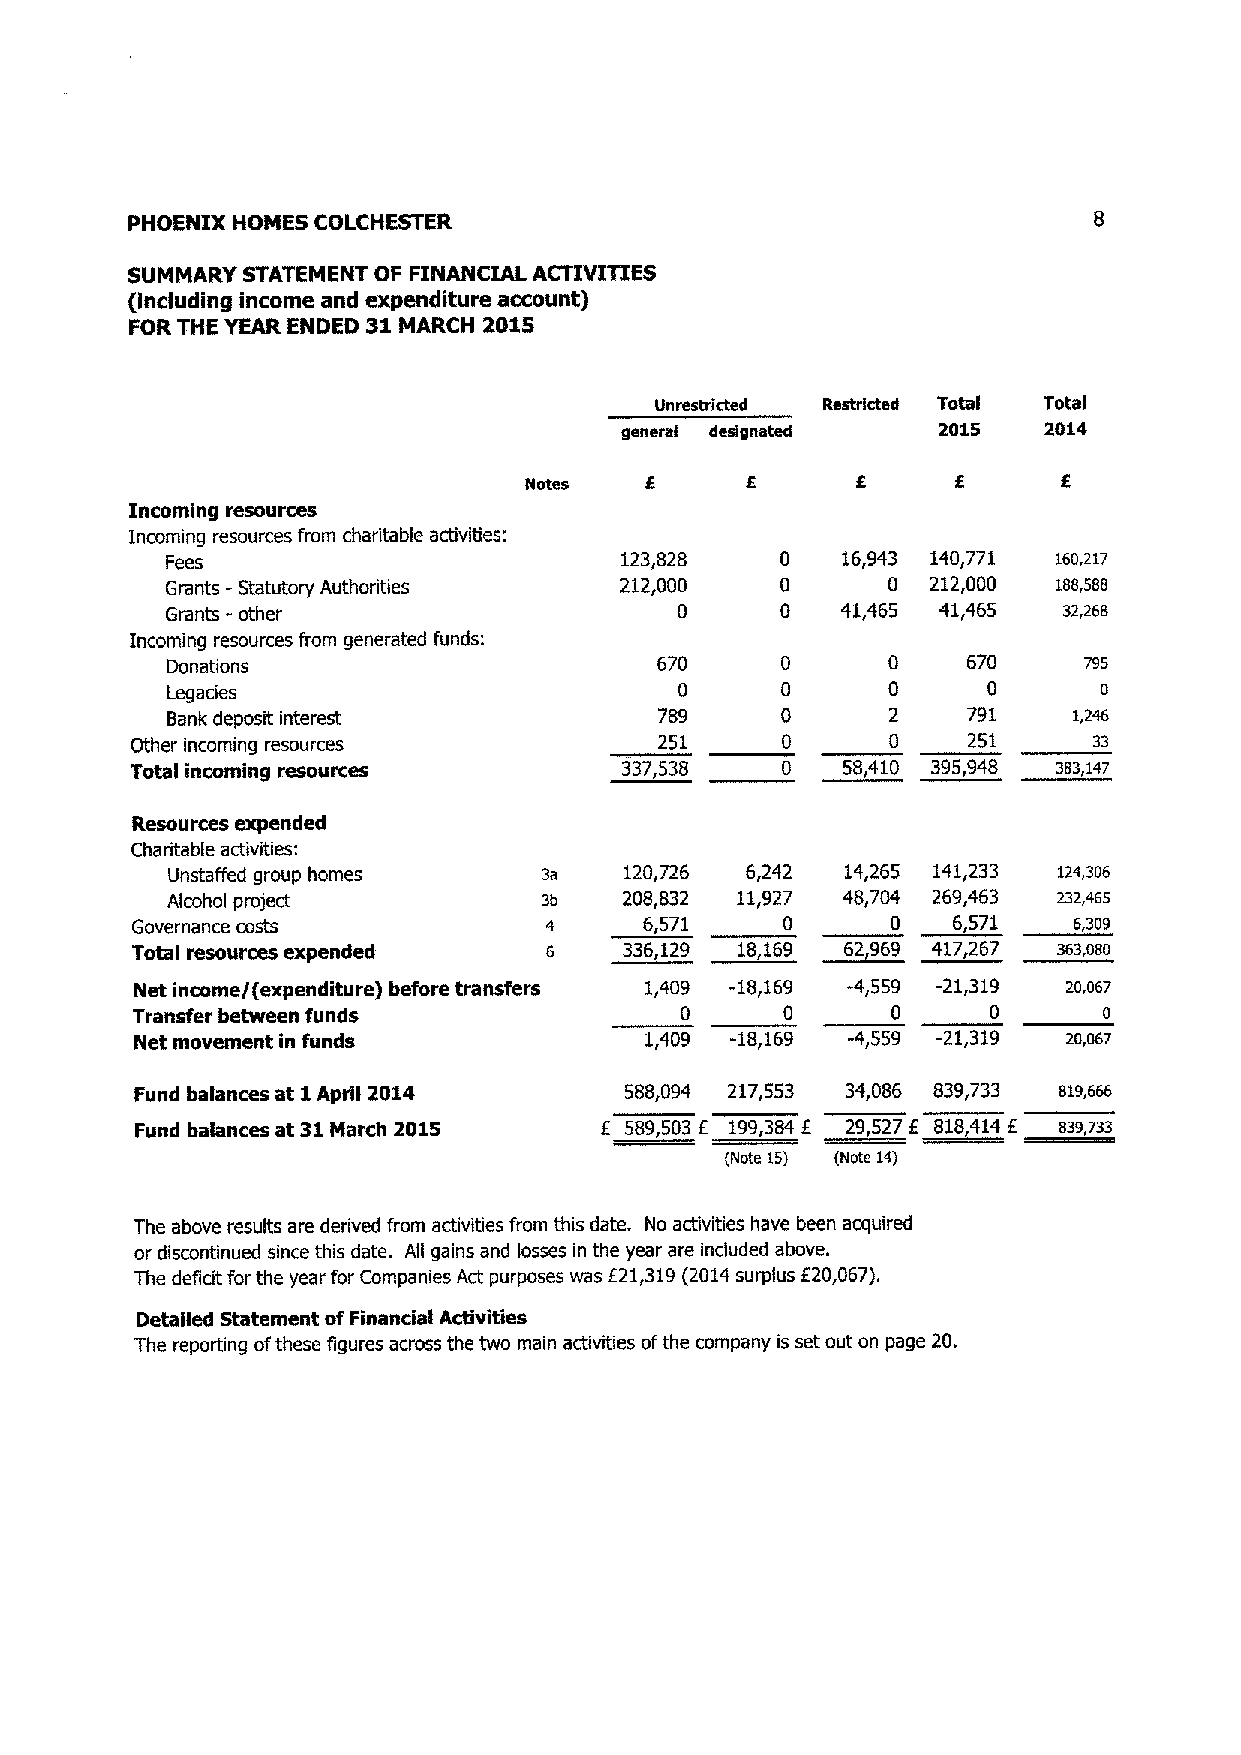
0
 PHOENIX HOMES COLCHESTER
 SUMMARY STATEMENT OF FINANCIAL ACTIVITIES
 (including income and expenditure account)
 FOR THE YEAR ENDED 31 MARCH 2@15
 Unrestricted Restricted ToWI Total
 general designated   2015   2014
 Notes   £     £       £     £      £
 Incoming resources
 Incoming resources from charitable activities:
 Fees                          123,828   0    16,943 140,771 16o,z17
 Grants -Statutory Authorities 212,000   0       0 212,000  188,566
 Grants -other                     0     0    41,465 41,465 3z,zbe
 Incoming resources from generated funds:
 Donations                       670      0      0    670     795
 Legacies                          0      0      0     0       0
 Bank deposit interest           789     0       2    791    t,2a6
 Other incoming resources          251      0      0    251     33
 Total incoming resources        337,538    0   58,410 395,948 363,147
 Resources expended
 Charitable activities:
 Unstaffed group homes    3a   120,726 6,242  14,265 141,233 i2a,306
 Alcohol project          3b   208,832 11,927 48,704 269,463 z3z,465
 Governance costs           4     6,571     0      0   6,571   6,309
 ToWlresources expended     s    336,129 18,169 62,969 417,267 s63,oso
 Net income/(expenditure) before transfers 1,409 -18,169 -4,559 -21,319 zo,ob~
 Transfer between funds              0      0      0     0       0
 Net movement in funds             1,409 -18,169 -4,559 -21,319 za,a6~
 Fund balances at 1 April 2014   588,094 217,553 34,086 839,733 si9,666
 Fund balances at 31 March 2015 £ 589,503 £ 199,384 £ 29,527 f 818,414 £ ss9,~s3
 (Note 15) (Note 14)
 The above results are derived from activities from this date. No activities have been acquired
 or discontinued since this date. All gains and losses in the year are included above.
 The deficit for the year for Companies Act purposes was £21,319 (2014 surplus £20,067).
 DeW filed Statement of Financial Activities
 The reporting of these figures across the two main activities of the company is set out on page 20.